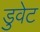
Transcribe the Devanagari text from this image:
डुवेट